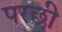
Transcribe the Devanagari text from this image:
परछी